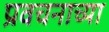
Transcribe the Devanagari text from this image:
प्रवचनाच्या